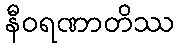
နီဝရဏာတိဿ